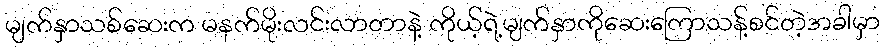
မျက်နှာသစ်ဆေးက မနက်မိုးလင်းလာတာနဲ့ ကိုယ့်ရဲ့မျက်နှာကိုဆေးကြောသန့်စင်တဲ့အခါမှာ